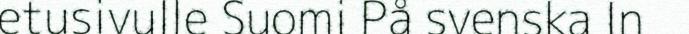
etusivulle Suomi På svenska In